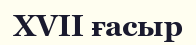
XVII ғасыр